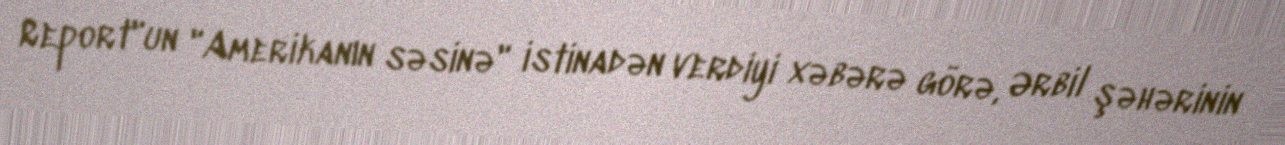
Report"un "Amerikanın səsinə" istinadən verdiyi xəbərə görə, Ərbil şəhərinin